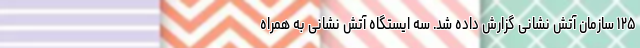
۱۲۵ سازمان آتش نشانی گزارش داده شد. سه ایستگاه آتش نشانی به همراه